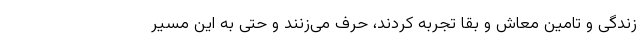
زندگی و تامین معاش و بقا تجربه کردند، حرف می‌زنند و حتی به این مسیر